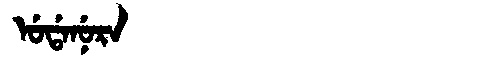
Manchu: ᡠᡩᠠᠨᡠᡵᠠ
Romanization: UDANURA